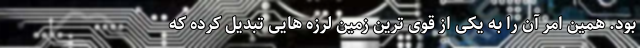
بود. همین امر آن را به یکی از قوی ترین زمین لرزه هایی تبدیل کرده که